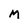
Character: M